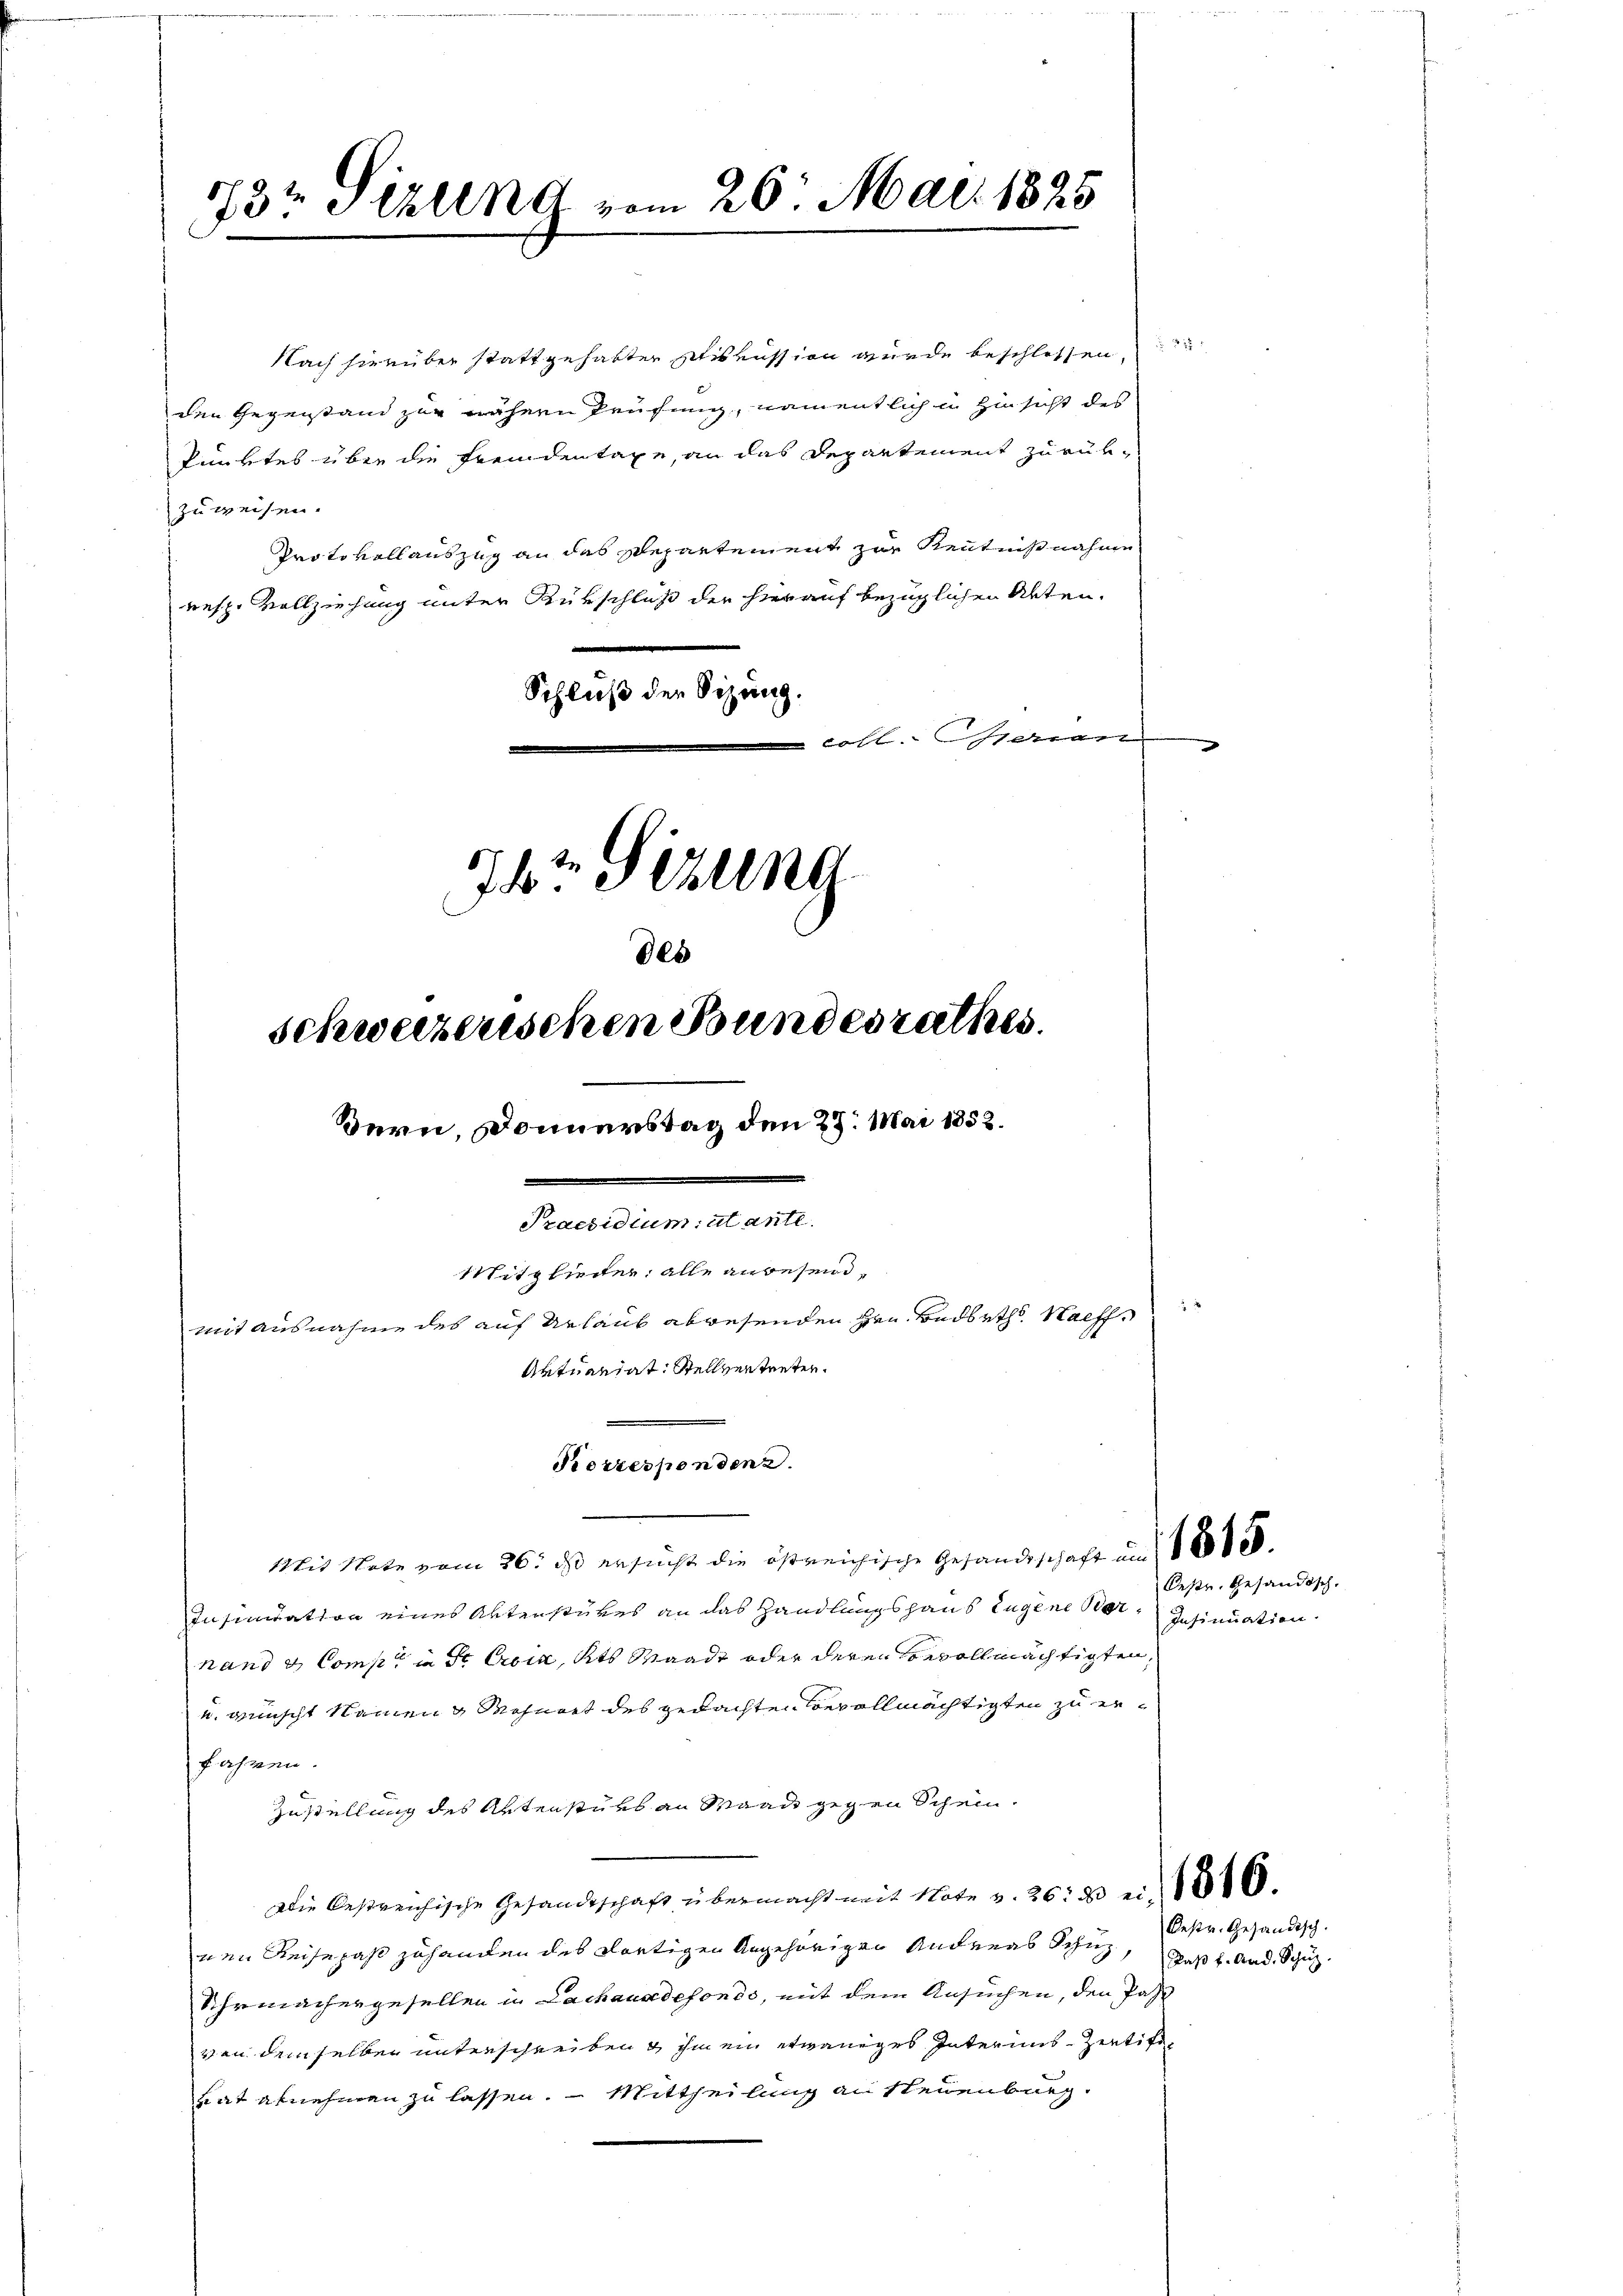
.
134 Sizung vom 26. Mai 1895

Nach hierüber stattgehabter Diskussion wurde beschlossen
den Gegenstand zur nähern Prüfung, namentlich in Hinsicht des
Punktes über die Fremdentage, an das Departement zurükzuweisen.
Protokollauszug an das Repartement zur Kenntnißnahme
resp. Vollziehung unter Rükschluß der hierauf bezüglichen Akten.
Schluß der Sitzung.
ohl. Grauen
4
1r Sitzung

des
Schweizerischen Bundesrathes.
Bern, Donnerstag den 27. Mai 1852.
Praesidium iutante
Mitglieder, alle angesandmit ausnahme des auf Urlaub abwesenden Hrn. Badbeths Sache
Artuantat. Stellvertreten.

Korrespondenz.

Mit Note vom 26. ds ersucht die östreichische Gesandtschaft und 1888.
Insinuation eines Aktenstükes an das Handlungshaus Eugene Vernand & Comp. in de Croix, Kts Waadt oder deren Convollmächtigten,
u wünscht Namen Mohnert des gedachten Bevollmächtigten zu erfahren.
Zustellung des Artenstüks an Waadt gegen Schein.
Die bestreichische Gesandtschaft übermacht mit Note v. 26: 20 e
nen Reisepaßt zuhanden des dortigen Angehörigen Andreas Schuestr. Gesandisch.
Uhrmachergesellen in Lachauadefondo, mit dem Ansuchen, den Past
von demselben unterschreiben & ihm ein etwaniges Interims-Zeutifivat abnehmen zu lassen. — Mittheilung an Steuenburg.

Oestr. Gesandtsch.
Insinuation.

Daß f. And. Schüz